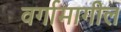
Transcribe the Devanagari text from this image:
वर्गामागील